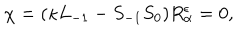
\chi = ( \kappa L _ { - 1 } - S _ { - 1 } S _ { 0 } ) R _ { \alpha } ^ { \epsilon } = 0 ,